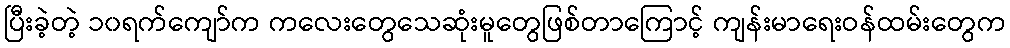
ပြီးခဲ့တဲ့ ၁၀ရက်ကျော်က ကလေးတွေသေဆုံးမူတွေဖြစ်တာကြောင့် ကျန်းမာရေးဝန်ထမ်းတွေက